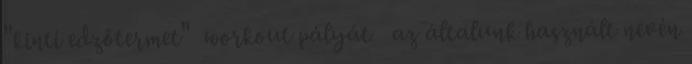
"kinti edzőtermet" workout pályát az általunk használt nevén